Report on the bubonic plague in Bombay, 1896-1897
Year: 1896
Disease focus: Plague
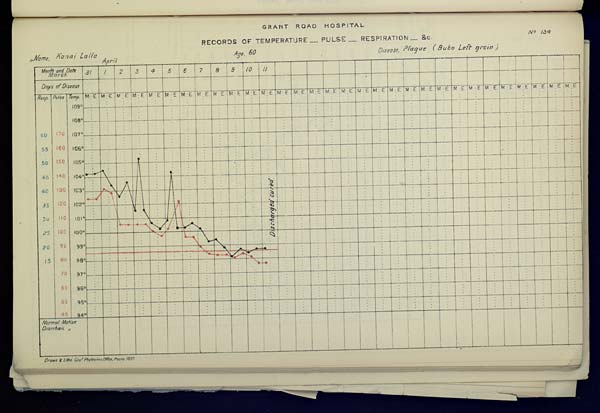
GRANT ROAD
HOSPITAL
RECORDS OF TEMPERATURE __ PULSE __ RESPIRATION __ &c. No. 134
Name,
Kanai
Lalla
Age,
60
Disease,
Plague
(Bubo
Left
groin)
April
Drawn & Litho: Govt. Photozinco: Office, Poona 1897.